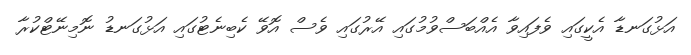
އަޅުގަނޑާ އެކީގައި ވެފައިވާ އެއްބަސްވުމުގައި އޭރުގައި ވެސް އޮވޭ ކެބިނެޓުގައި އަޅުގަނޑު ނޮމިނޭޓްކުރާ